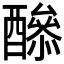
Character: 𨣔